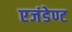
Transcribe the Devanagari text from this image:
एजंडेण्ट